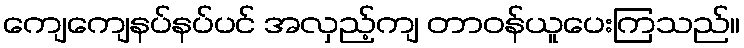
ကျေကျေနပ်နပ်ပင် အလှည့်ကျ တာဝန်ယူပေးကြသည်။